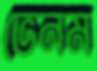
ভেনম